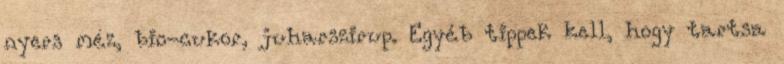
nyers méz, bio-cukor, juharszirup. Egyéb tippek kell, hogy tartsa